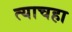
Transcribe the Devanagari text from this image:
त्याचहा